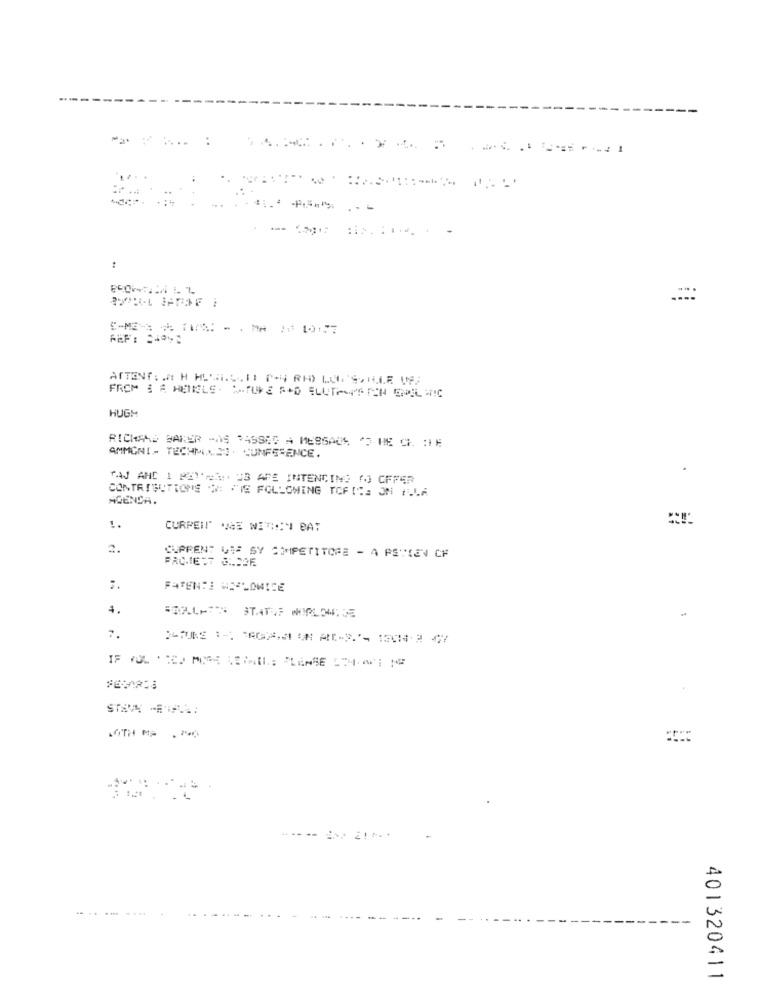
:
٢٠٠٤
....
:
HUGH
RICHARD BAKER -AS PASSEG A MESSAGE CHE CHIE
AMMONI- TECHNIKEN CONFERENCE.
TAJ AND 1 221 ;** U3 AFE INTENCING (O CFFER
AGENDA.
CONTRIBUTIONS #: "IS FOLLOWING TOFIT: ON ILLA
!.
CURPEIT" WE NITHY BAT
2.
CURRENT VAP SY COMPETITORE - A PESIEN CF
PROIE:7 ANSDE
PATENTE WORLDWIDE
4.
LOTH MP .200
.. .
401320411